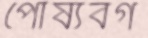
পোষ্যবর্গ